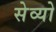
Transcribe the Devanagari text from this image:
सेव्यो